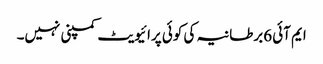
ایم آئی 6برطانیہ کی کوئی پرائیویٹ کمپنی نہیں۔